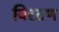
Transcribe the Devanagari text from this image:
विरतण